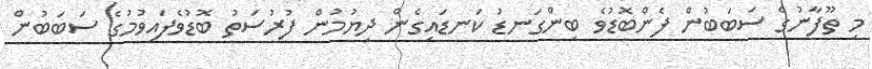
މި ތޫފާނުގެ ސަބަބުން ފެންބޮޑުވެ ބިންގަނޑު ކަނޑައިގެން ދިޔުމުން ފުރުސަތު ބޮޑުވެފައިވުމުގެ ސަބަބުން